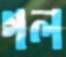
গল